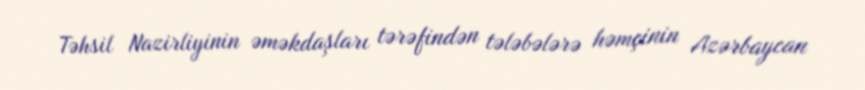
Təhsil Nazirliyinin əməkdaşları tərəfindən tələbələrə həmçinin Azərbaycan